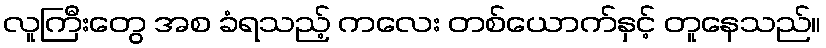
လူကြီးတွေ အစ ခံရသည့် ကလေး တစ်ယောက်နှင့် တူနေသည်။